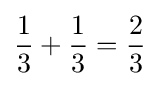
{\frac {1}{3}}+{\frac {1}{3}}={\frac {2}{3}}